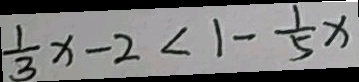
\frac { 1 } { 3 } x - 2 < 1 - \frac { 1 } { 5 } x